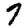
Digit: 7